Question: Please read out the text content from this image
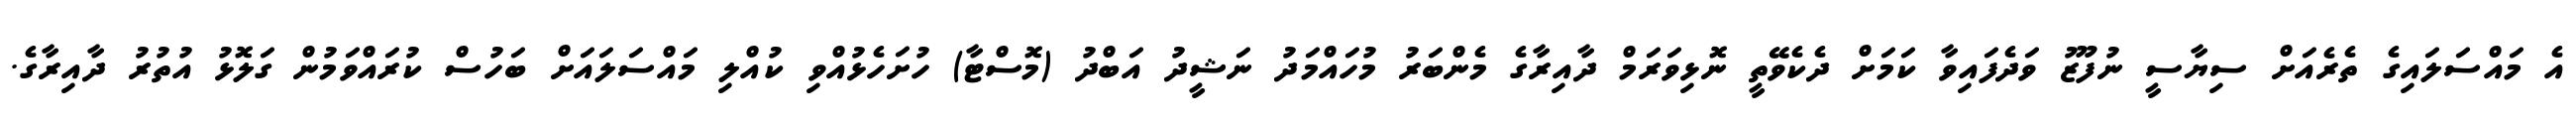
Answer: އެ މައްސަލައިގެ ތެރެއަށް ސިޔާސީ ނުފޫޒު ވަދެފައިވާ ކަމަށް ދެކެވޭތީ ނޮޅިވަރަމް ދާއިރާގެ މެންބަރު މުހައްމަދު ނަޝީދު އަބްދު (މޮސްޓާ) ހުށަހެޅުއްވި ކުއްލި މައްސަލައަށް ބަހުސް ކުރައްވަމުން ގަލޮޅު އުތުރު ދާއިރާގެ.